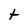
Character: t